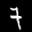
Label: 7